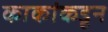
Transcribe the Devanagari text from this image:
काकांकडून